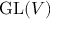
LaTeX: \operatorname { G L } ( V )